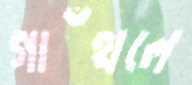
গাঁথলে